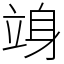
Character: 竧